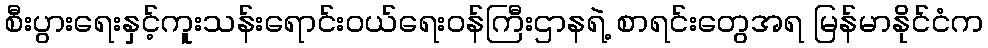
စီးပွားရေးနှင့်ကူးသန်းရောင်းဝယ်ရေးဝန်ကြီးဌာနရဲ့ စာရင်းတွေအရ မြန်မာနိုင်ငံက